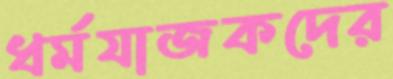
ধর্মযাজকদের